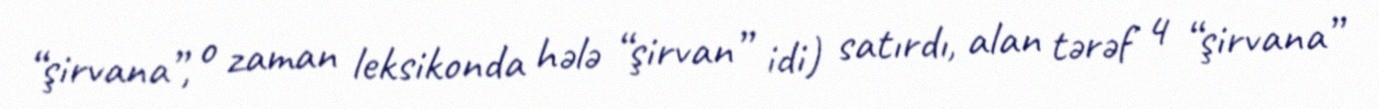
“şirvana”, o zaman leksikonda hələ “şirvan” idi) satırdı, alan tərəf 4 “şirvana”